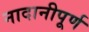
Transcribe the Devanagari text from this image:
नादानीपूर्ण